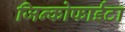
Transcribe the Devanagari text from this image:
जिन्कोफाईटा